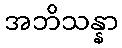
အဘိသန္နာ